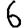
Digit: 6